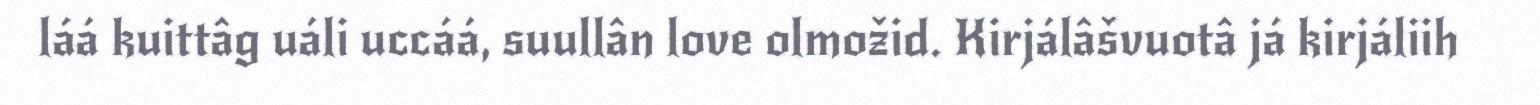
láá kuittâg uáli uccáá, suullân love olmožid. Kirjálâšvuotâ já kirjáliih